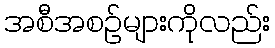
အစီအစဉ်များကိုလည်း